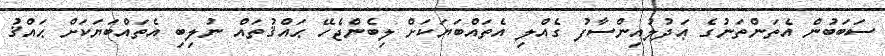
ސަބަބުން އެތަންތަނުގެ ޢަދުލުއިންސާފު ގެއްލި އެތައްބަޔަކަށް ލިބެންޖެހޭ ޙައްޤުތައް ނުލިބި އެތައްބަޔަކަށް ޙައްޤު